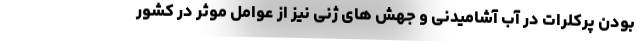
بودن پرکلرات در آب آشامیدنی و جهش های ژنی نیز از عوامل موثر در کشور